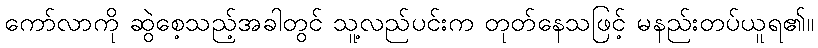
ကော်လာကို ဆွဲစေ့သည့်အခါတွင် သူ့လည်ပင်းက တုတ်နေသဖြင့် မနည်းတပ်ယူရ၏။